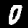
Digit: 0